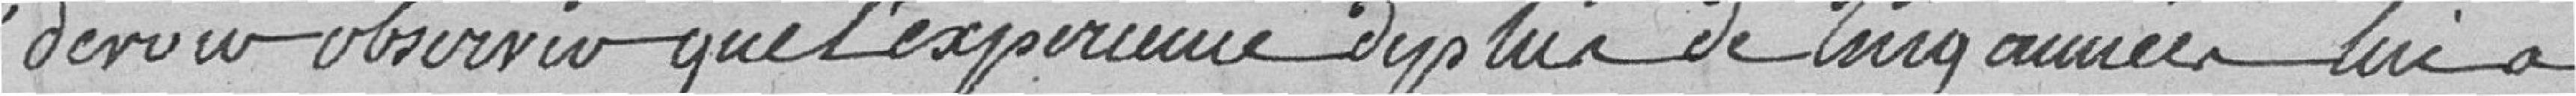
devoir observer que l'expérience de plus de 5 années lui a